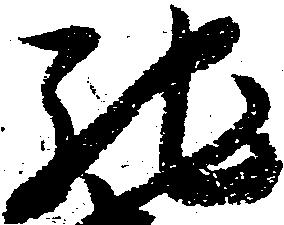
馳